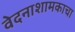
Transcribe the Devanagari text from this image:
वेदनाशामकाचा